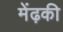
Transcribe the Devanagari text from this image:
मेंढ़की